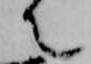
て